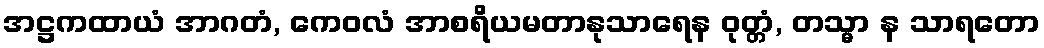
အဋ္ဌကထာယံ အာဂတံ, ကေဝလံ အာစရိယမတာနုသာရေန ဝုတ္တံ, တသ္မာ န သာရတော